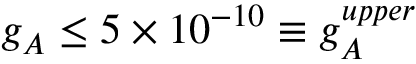
g _ { A } \leq 5 \times 1 0 ^ { - 1 0 } \equiv g _ { A } ^ { u p p e r }